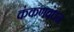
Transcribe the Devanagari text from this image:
कंकणबंधन